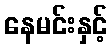
နေမင်းနှင့်